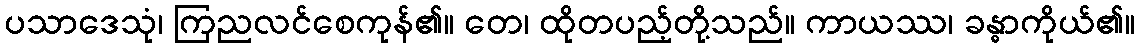
ပသာဒေသုံ၊ ကြညလင်စေကုန်၏။ တေ၊ ထိုတပည့်တို့သည်။ ကာယဿ၊ ခန္ဓာကိုယ်၏။